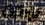
بوركت